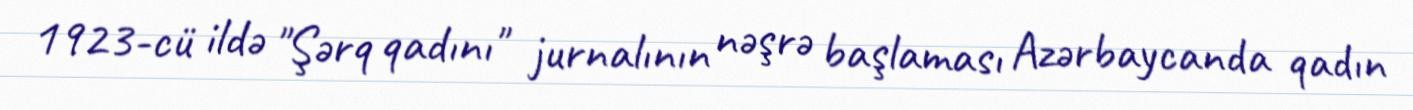
1923-cü ildə "Şərq qadını" jurnalının nəşrə başlaması Azərbaycanda qadın